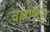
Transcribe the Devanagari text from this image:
वल्लप्पाट्टु